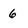
Character: 6